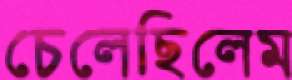
চেলেছিলেম